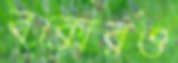
বক্সেরও